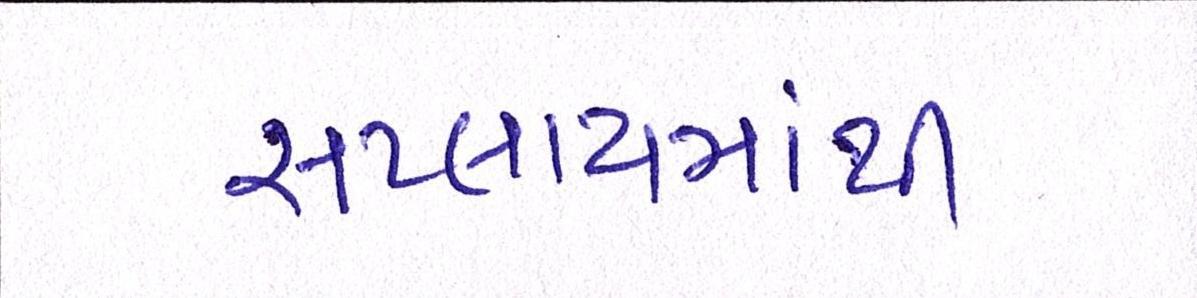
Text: સપ્લાયમાંથી